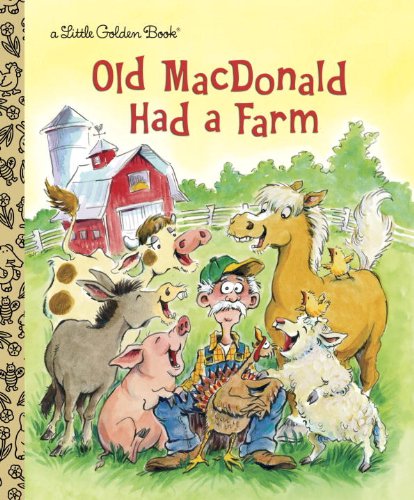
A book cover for Old MacDonald Had a Farm (Little Golden Book); Golden Books; Children's Books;